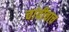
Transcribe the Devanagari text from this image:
चांदीचाच